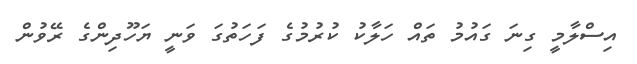
އިސްލާމީ ގިނަ ގައުމު ތައް ހަލާކު ކުރުމުގެ ފަހަތުގަ ވަނީ ޔަހޫދިންގެ ރޭވުން